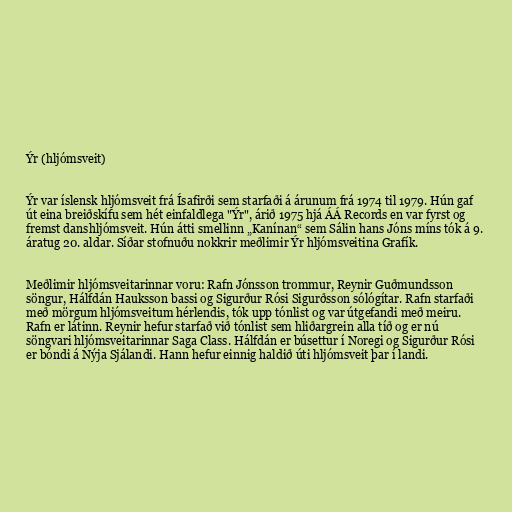
Ýr (hljómsveit)

Ýr var íslensk hljómsveit frá Ísafirði sem starfaði á árunum frá 1974 til 1979. Hún gaf
út eina breiðskífu sem hét einfaldlega "Ýr", árið 1975 hjá ÁÁ Records en var fyrst og
fremst danshljómsveit. Hún átti smellinn „Kanínan“ sem Sálin hans Jóns míns tók á 9.
áratug 20. aldar. Síðar stofnuðu nokkrir meðlimir Ýr hljómsveitina Grafík.

Meðlimir hljómsveitarinnar voru: Rafn Jónsson trommur, Reynir Guðmundsson
söngur, Hálfdán Hauksson bassi og Sigurður Rósi Sigurðsson sólógítar. Rafn starfaði
með mörgum hljómsveitum hérlendis, tók upp tónlist og var útgefandi með meiru.
Rafn er látinn. Reynir hefur starfað við tónlist sem hliðargrein alla tíð og er nú
söngvari hljómsveitarinnar Saga Class. Hálfdán er búsettur í Noregi og Sigurður Rósi
er bóndi á Nýja Sjálandi. Hann hefur einnig haldið úti hljómsveit þar í landi.